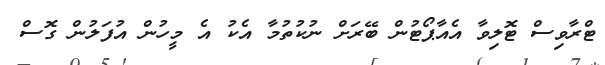
ޓްރާވިސް ޓޮލިވާ އެއާޕޯޓުން ބޭރަށް ނުކުތުމާ އެކު އެ މީހުން އުފަލުން ގޮސް